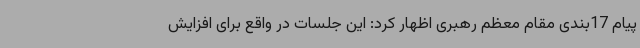
پیام 17‌بندی مقام معظم رهبری اظهار کرد: این جلسات در واقع برای افزایش